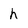
Character: h